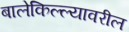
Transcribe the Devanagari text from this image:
बालेकिल्ल्यावरील